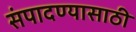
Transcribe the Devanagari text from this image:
संपादण्यासाठी